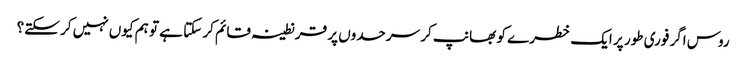
روس اگر فوری طور پر ایک خطرے کو بھانپ کر سرحدوں پر قرنطینہ قائم کر سکتا ہے تو ہم کیوں نہیں کر سکتے؟